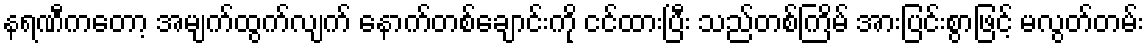
နရဏီကတော့ အမျက်ထွက်လျက် နောက်တစ်ချောင်းကို ငင်ထားပြီး သည်တစ်ကြိမ် အားပြင်းစွာဖြင့် မလွတ်တမ်း